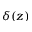
\delta ( z )